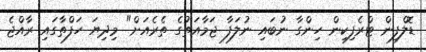
ޑޮލްފިން ޓްރެފިކިން ހިންގާ ނުބައި ނުލަފާ ޖަމާއަތުގެ ތެރެއަށް" މިދިޔަ ހަފްތާގައި ރާއްޖެ